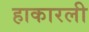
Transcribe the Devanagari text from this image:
हाकारली